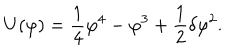
U ( \varphi ) = { \frac { 1 } { 4 } } \varphi ^ { 4 } - \varphi ^ { 3 } + { \frac { 1 } { 2 } } \delta \varphi ^ { 2 } .